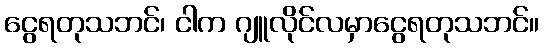
ငွေရတုသဘင်၊ ငါက ဂျူလိုင်လမှာငွေရတုသဘင်။